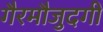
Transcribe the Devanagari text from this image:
गैरमौजुदगी